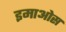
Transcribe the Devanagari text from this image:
इमाओस